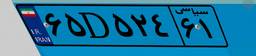
۸۹D۴۷۱۴۹